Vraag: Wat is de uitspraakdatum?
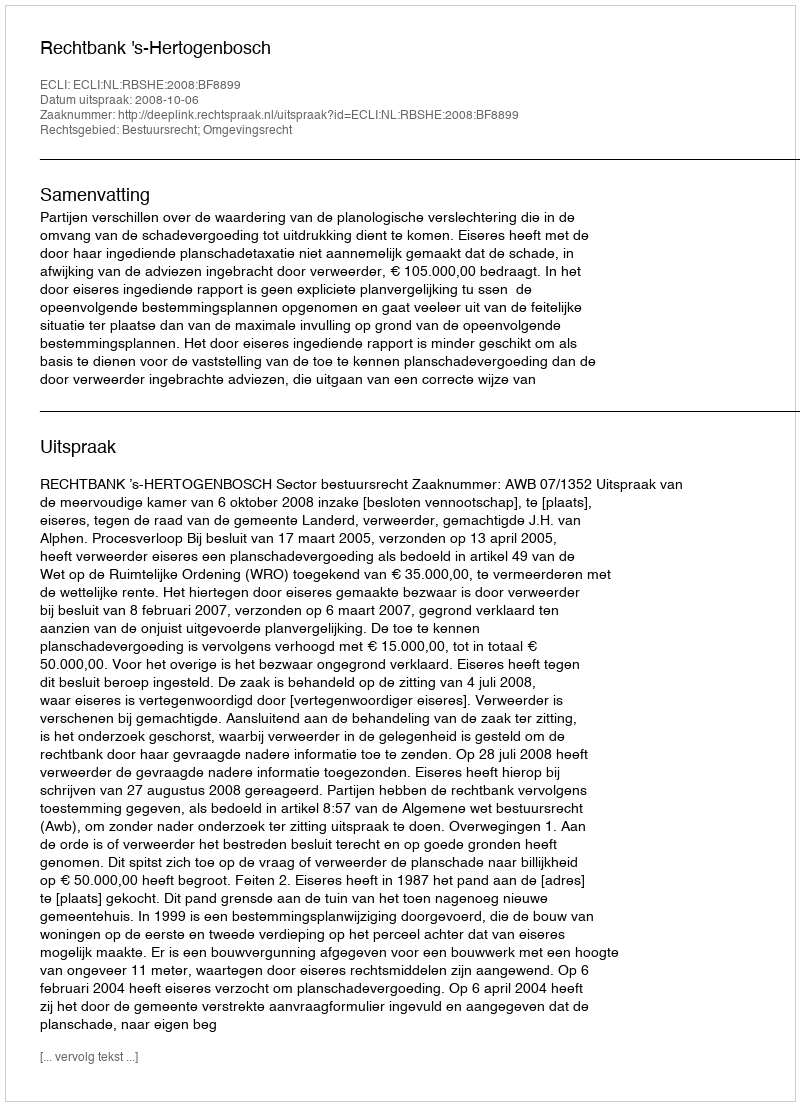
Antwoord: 2008-10-06